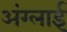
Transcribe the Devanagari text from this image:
अंग्लाई